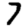
Digit: 7